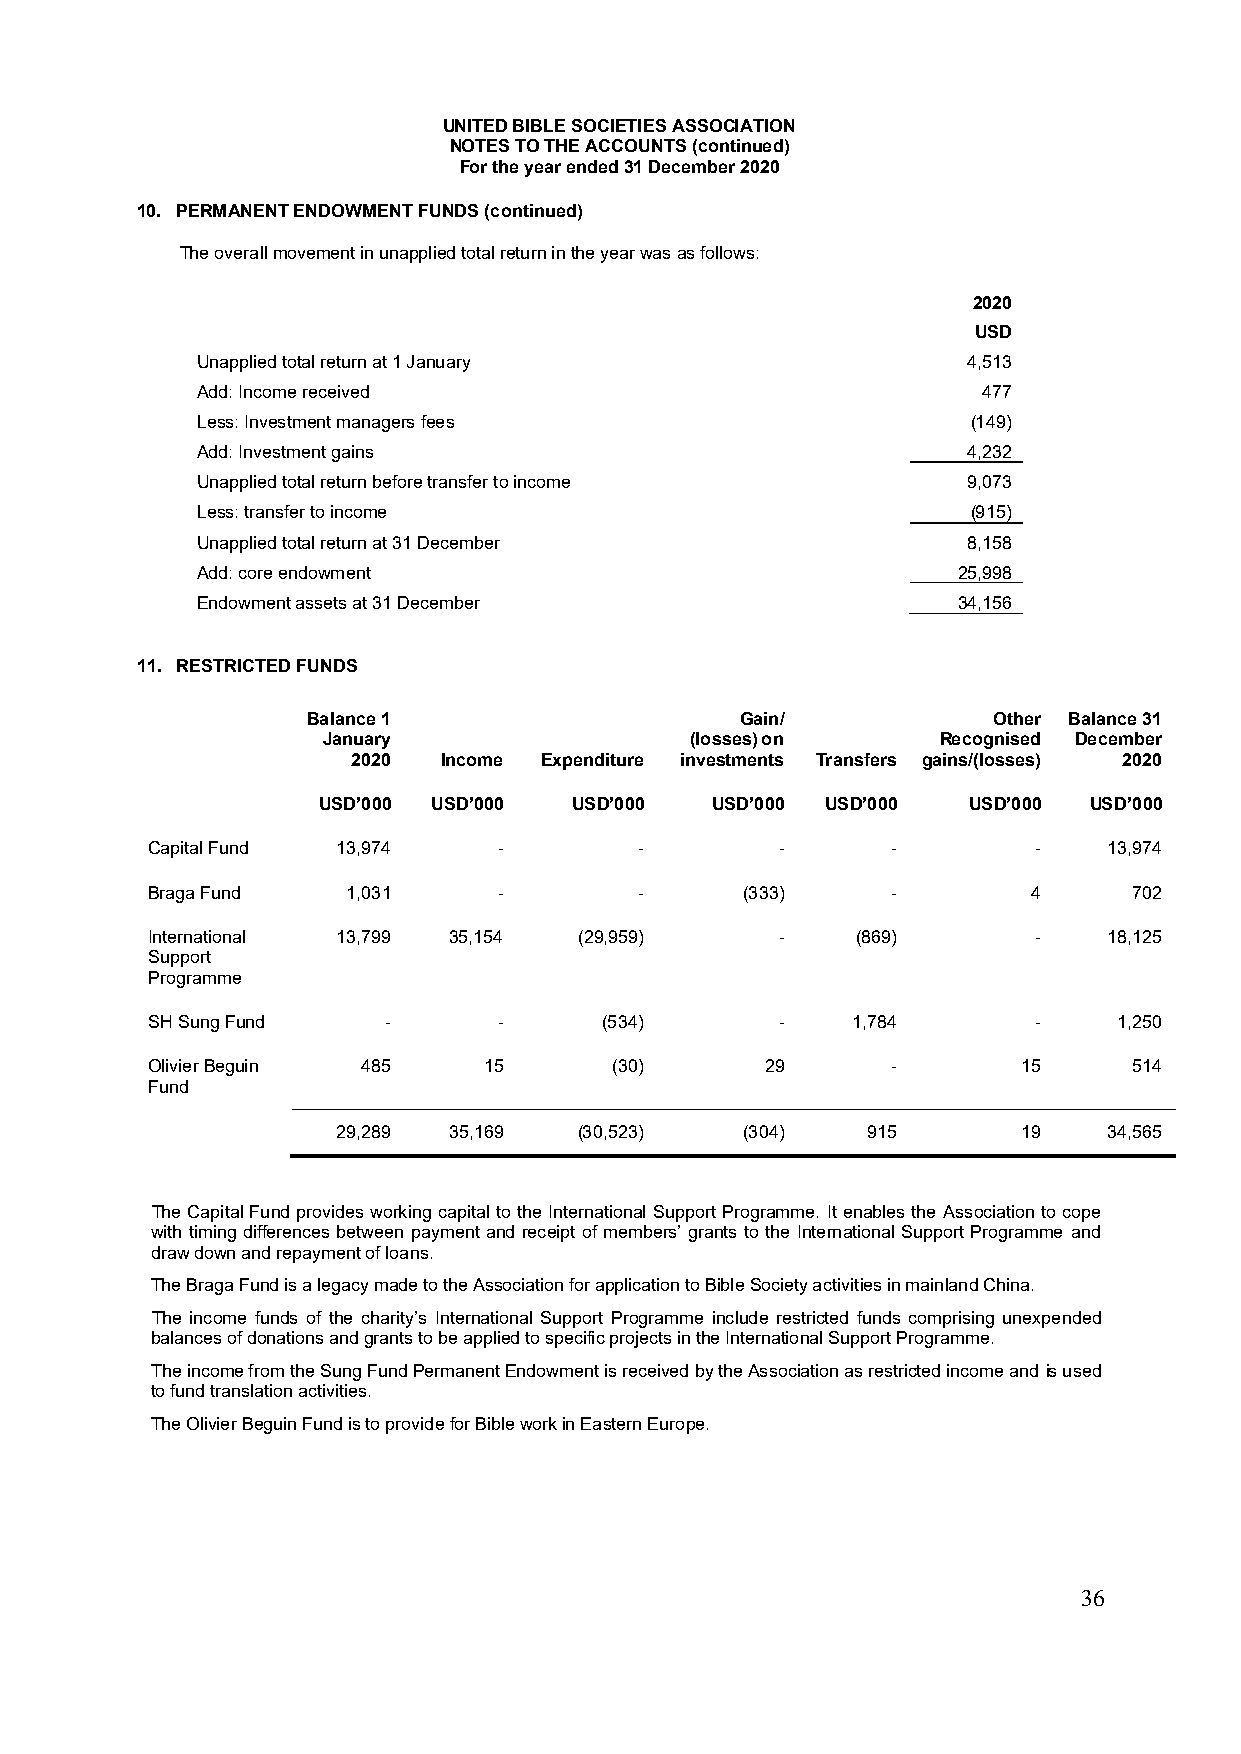
UNITED BIBLE SOCIETIES ASSOCIATION
 NOTES TO THE ACCOUNTS (continued)
 For the year ended 31 December 2020
 10. PERMANENT ENDOWMENT FUNDS (continued)
 The overall movement in unapplied total return in the year was as follows:
 2020
 USD
 Unapplied total return at 1 January                4,513
 Add: Income received                                477
 Less: Investment managers fees                     (149)
 Add: Investment gains                              4,232
 Unapplied total return before transfer to income   9,073
 Less: transfer to income                           (915)
 Unapplied total return at 31 December              8,158
 Add: core endowment                               25,998
 Endowment assets at 31 December                   34,156
 11. RESTRICTED FUNDS
 Balance 1                    Gain/            Other Balance 31
 January                  (losses) on     Recognised December
 2020  Income Expenditure investments Transfers gains/(losses) 2020
 USD’000 USD’000  USD’000  USD’000 USD’000  USD’000 USD’000
 Capital Fund 13,974    -        -         -      -        -    13,974
 Braga Fund   1,031     -        -      (333)     -        4      702
 International 13,799 35,154 (29,959)      -    (869)      -    18,125
 Support
 Programme
 SH Sung Fund   -       -      (534)       -   1,784       -     1,250
 Olivier Beguin 485    15       (30)      29      -        15     514
 Fund
 29,289  35,169  (30,523)   (304)   915        19   34,565
 The Capital Fund provides working capital to the International Support Programme. It enables the Association to cope
 with timing differences between payment and receipt of members’ grants to the International Support Programme and
 draw down and repayment of loans.
 The Braga Fund is a legacy made to the Association for application to Bible Society activities in mainland China.
 The income funds of the charity’s International Support Programme include restricted funds comprising unexpended
 balances of donations and grants to be applied to specific projects in the International Support Programme.
 The income from the Sung Fund Permanent Endowment is received by the Association as restricted income and is used
 to fund translation activities.
 The Olivier Beguin Fund is to provide for Bible work in Eastern Europe.
 36